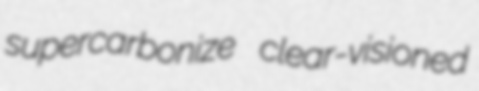
supercarbonize clear-visioned